Civil Veterinary Department. United Provinces 1923-31 - 1923-1931
Year: 1923
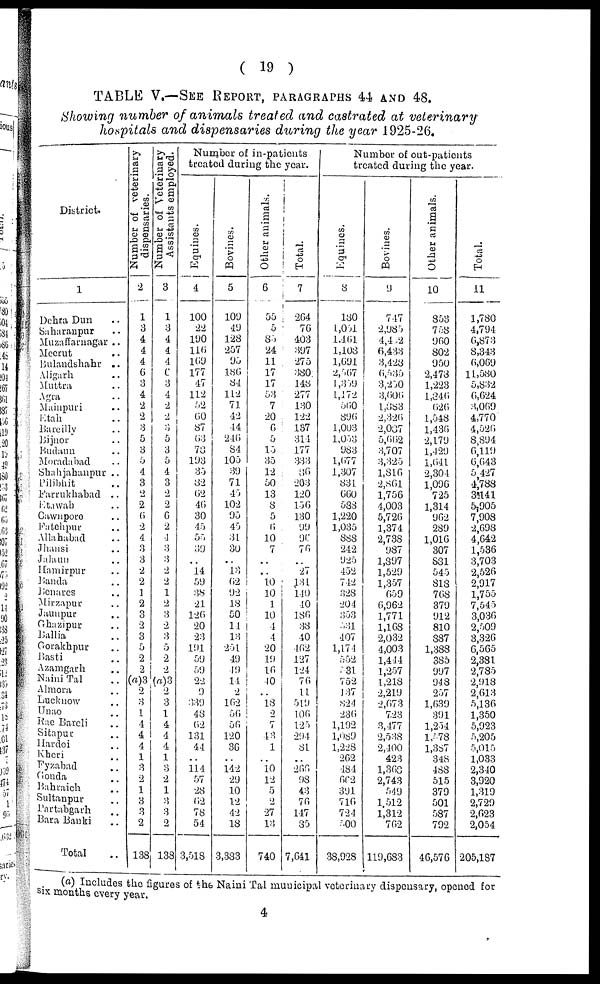
( 19 )
TABLE V.—SEE REPORT, PARAGRAPHS 44 AND 48.
Showing number of animals treated and castrated at veterinary
hospitals and dispensaries during the year 1925-26.
District.
1
Dehra Dun ..
Saharanpur ..
Muzaffarnagar ..
Meerut ..
Bulandshahr ..
Aligarh ..
Muttra ..
Agra ..
Mainpuri ..
Etah ..
Bareilly ..
Bijnor ..
Budaun ..
Moradabad ..
Shahjahanpur ..
Pilibhit ..
Farrukhabad ..
Etawah ..
Cawnpore ..
Fatehpur ..
Allahabad ..
Jhansi ..
Jalaun ..
Hamirpur ..
Banda ..
Benares ..
Mirzapur ..
Jaunpur
..
Ghazipur ..
Ballia ..
Gorakhpur ..
Basti ..
Azamgarh ..
Naini Tal ..
Almora ..
Lucknow ..
Unao ..
Rae Bareli ..
Sitapur ..
Hardoi ..
Kheri ..
Fyzabad
..
Gonda ..
Bahraich ..
Sultanpur ..
Partabgarh ..
Bara Banki ..
Total ..
Number of veterinary
dispensaries.
2
1
3
4
4
4
6
3
4
2
2
3
5
3
5
4
3
2
2
6
2
4
3
3
2
2
1
2
3
2
3
5
2
2
(a)3
2
3
1
4
4
4
1
3
2
1
3
3
2
138
Number of Veterinary
Assistants employed.
3
1
3
4
4
4
6
3
4
2
2
3
5
3
5
4
3
2
2
6
2
4
3
3
2
2
1
2
3
2
3
5
2
2
(a)3
2
3
1
4
4
4
1
3
2
1
3
3
2
138
Number of in-patients
treated during the year.
Equines.
4
100
22
190
11G
169
177
47
112
52
60
87
63
78
193
35
32
G2
4G
30
45
55
39
..
14
59
38
21
12G
20
23
191
59
59
22
9
339
48
G2
131
44
..
114
57
28
62
78
54
3,518
Bovines.
5
109
49
128
257
95
186
84
112
71
42
44
246
84
105
39
71
45
102
95
45
31
30
..
13
62
92
18
50
14
13
251
49
49
14
2
162
56
56
120
86
..
142
29
10
12
42
18
3,383
Other animals.
6
55
5
85
24
11
17
17
53
7
20
6
5
15
35
12
50
13
8
5
6
10
7
..
..
10
10
1
10
4
4
20
19
16
10
..
18
2
7
43
1
..
10
12
5
2
27
13
740
Total.
7
264
76
403
397
275
380;
148
277
130
122
137
314
177
333
86
203
120
156
130
99
96
76
..
27
131
140
40
186
38
40
462
127
124
76
11
519
106
125
294
81
..
266
98
43
76
147
85
7,641
Number of out-patients
treated during the year.
Equines.
8
180
1,051
1,461
1,108
1,691
2,507
1,359
1,172
560
890
1,003
1,053
983
1,677
1,307
831
660
588
1,220
1,035
888
242
925
452
742
328
204
353
531
407
1,174
552
531
752
137
824
230
1,192
1,089
1,228
202
484
662
391
716
724
500
38,928
Bovines.
9
747
2,985
4,402
6,433
3,428
6,535
3,250
3,606
1,383
2,326
2,037
5,662
3,707
3,325
1,816
2,861
1,756
4,003
5,726
1,374
2,738
987
1,897
1,529
1,357
659
6,962
1,771
1,168
2,032
4,003
1,444
1,257
1,218
2,219
2,073
7.23
3,477
2,538
2,400
423
1,300
2,743
549
1,512
1,312
762
119,683
Other animals.
10
853
758
960
802
950
2,478
1,223
1,840
626
1,548
1,436
2,179
1,429
1,641
2,304
1,096
725
1,314
962
289
1,016
307
S81
545
818
768
379
912
810
887
1,388
385
997
948
257
1,639
391
1,254
1,578
1,387
348
488
515
379
501
587
792
46,576
Total.
11
1,780
4,794
6,873
8,343
6,069
11,530
5,832
6,624
3,069
4,770
4,526
8,894
6,119
6,643
5 427
4,788
35141
5,905
7,908
2,698
4,642
1,536
3,703
2,526
2,917
1,755
7,545
3,036
2,509
3,326
6,565
2,381
2,785
2,918
2,613
5,136
1,350
5,923
5,205
5,015
1,083
2,340
3,920
1,319
2,729
2,623
2,054
205,187
(a) Includes the figures of the Naini Tal municipal veterinary dispensary, opened for
six months every year.
4